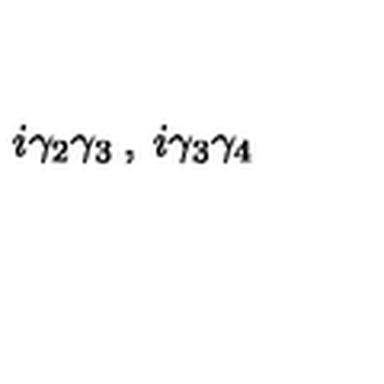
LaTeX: i \gamma _ { 2 } \gamma _ { 3 } \: , \: i \gamma _ { 3 } \gamma _ { 4 }